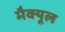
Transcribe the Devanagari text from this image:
मैक्यूल